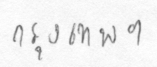
กรุงเทพฯ